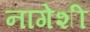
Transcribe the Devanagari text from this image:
नागेशी